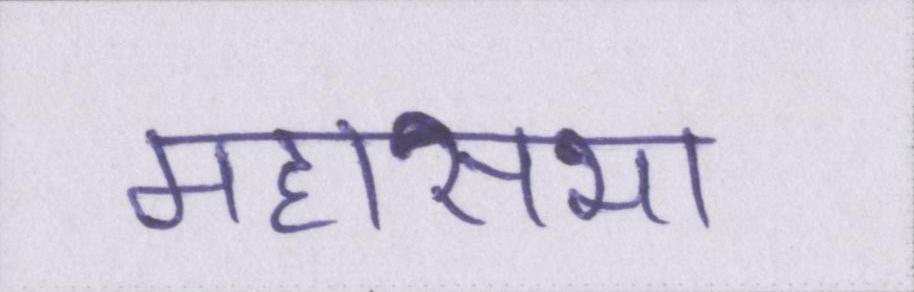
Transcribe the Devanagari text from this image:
महासभा